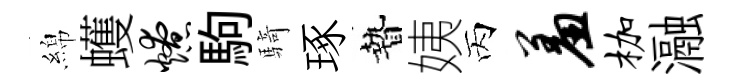
綿蠖燎駒騎琢贄姨丙羞枷瀜